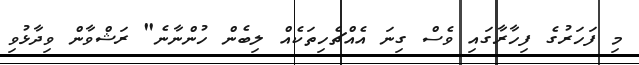
މި ފަހަރުގެ ފިހާރާގައި ވެސް ގިނަ އެއްޗެހިތަކެއް ލިބެން ހުންނާނެ" ރަޝްވާން ވިދާޅުވި